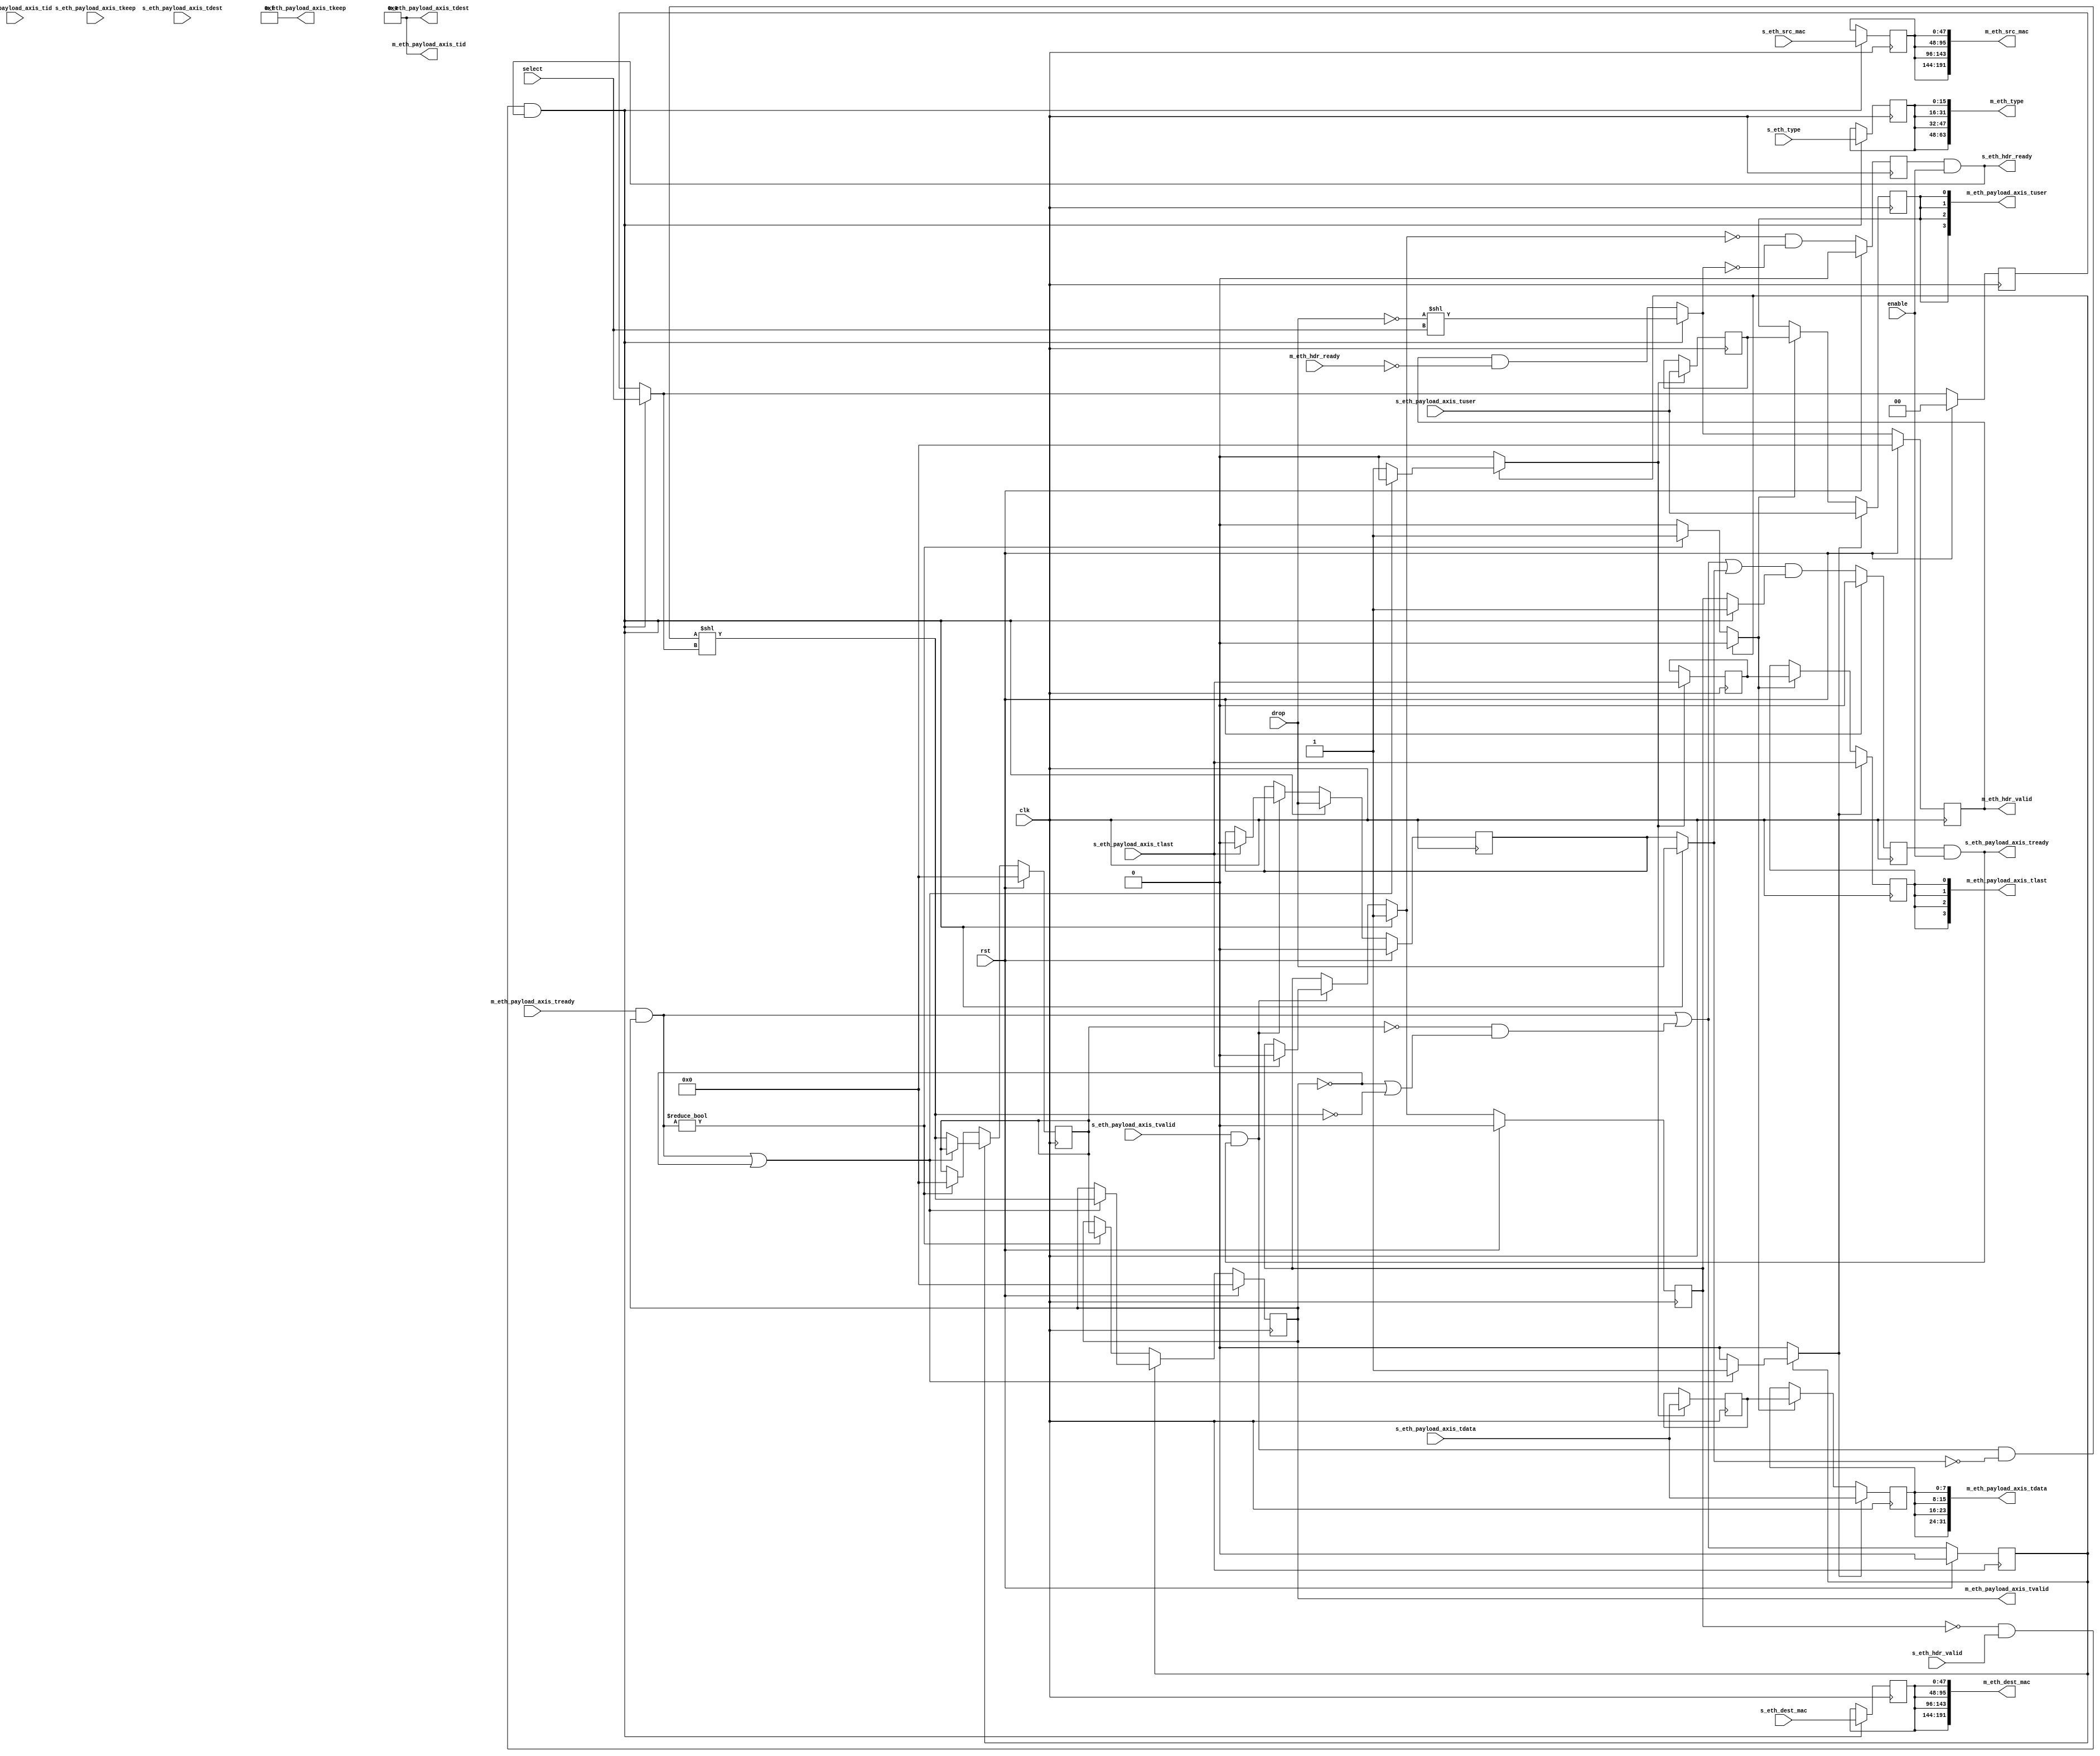
/*

Copyright (c) 2018 Alex Forencich

Permission is hereby granted, free of charge, to any person obtaining a copy
of this software and associated documentation files (the "Software"), to deal
in the Software without restriction, including without limitation the rights
to use, copy, modify, merge, publish, distribute, sublicense, and/or sell
copies of the Software, and to permit persons to whom the Software is
furnished to do so, subject to the following conditions:

The above copyright notice and this permission notice shall be included in
all copies or substantial portions of the Software.

THE SOFTWARE IS PROVIDED "AS IS", WITHOUT WARRANTY OF ANY KIND, EXPRESS OR
IMPLIED, INCLUDING BUT NOT LIMITED TO THE WARRANTIES OF MERCHANTABILITY
FITNESS FOR A PARTICULAR PURPOSE AND NONINFRINGEMENT. IN NO EVENT SHALL THE
AUTHORS OR COPYRIGHT HOLDERS BE LIABLE FOR ANY CLAIM, DAMAGES OR OTHER
LIABILITY, WHETHER IN AN ACTION OF CONTRACT, TORT OR OTHERWISE, ARISING FROM,
OUT OF OR IN CONNECTION WITH THE SOFTWARE OR THE USE OR OTHER DEALINGS IN
THE SOFTWARE.

*/

// Language: Verilog 2001

`resetall
`timescale 1ns / 1ps
`default_nettype none

/*
 * Ethernet demultiplexer
 */
module eth_demux #
(
    parameter M_COUNT = 4,
    parameter DATA_WIDTH = 8,
    parameter KEEP_ENABLE = (DATA_WIDTH>8),
    parameter KEEP_WIDTH = (DATA_WIDTH/8),
    parameter ID_ENABLE = 0,
    parameter ID_WIDTH = 8,
    parameter DEST_ENABLE = 0,
    parameter DEST_WIDTH = 8,
    parameter USER_ENABLE = 1,
    parameter USER_WIDTH = 1
)
(
    input  wire                          clk,
    input  wire                          rst,

    /*
     * Ethernet frame input
     */
    input  wire                          s_eth_hdr_valid,
    output wire                          s_eth_hdr_ready,
    input  wire [47:0]                   s_eth_dest_mac,
    input  wire [47:0]                   s_eth_src_mac,
    input  wire [15:0]                   s_eth_type,
    input  wire [DATA_WIDTH-1:0]         s_eth_payload_axis_tdata,
    input  wire [KEEP_WIDTH-1:0]         s_eth_payload_axis_tkeep,
    input  wire                          s_eth_payload_axis_tvalid,
    output wire                          s_eth_payload_axis_tready,
    input  wire                          s_eth_payload_axis_tlast,
    input  wire [ID_WIDTH-1:0]           s_eth_payload_axis_tid,
    input  wire [DEST_WIDTH-1:0]         s_eth_payload_axis_tdest,
    input  wire [USER_WIDTH-1:0]         s_eth_payload_axis_tuser,

    /*
     * Ethernet frame outputs
     */
    output wire [M_COUNT-1:0]            m_eth_hdr_valid,
    input  wire [M_COUNT-1:0]            m_eth_hdr_ready,
    output wire [M_COUNT*48-1:0]         m_eth_dest_mac,
    output wire [M_COUNT*48-1:0]         m_eth_src_mac,
    output wire [M_COUNT*16-1:0]         m_eth_type,
    output wire [M_COUNT*DATA_WIDTH-1:0] m_eth_payload_axis_tdata,
    output wire [M_COUNT*KEEP_WIDTH-1:0] m_eth_payload_axis_tkeep,
    output wire [M_COUNT-1:0]            m_eth_payload_axis_tvalid,
    input  wire [M_COUNT-1:0]            m_eth_payload_axis_tready,
    output wire [M_COUNT-1:0]            m_eth_payload_axis_tlast,
    output wire [M_COUNT*ID_WIDTH-1:0]   m_eth_payload_axis_tid,
    output wire [M_COUNT*DEST_WIDTH-1:0] m_eth_payload_axis_tdest,
    output wire [M_COUNT*USER_WIDTH-1:0] m_eth_payload_axis_tuser,

    /*
     * Control
     */
    input  wire                          enable,
    input  wire                          drop,
    input  wire [$clog2(M_COUNT)-1:0]    select
);

parameter CL_M_COUNT = $clog2(M_COUNT);

reg [CL_M_COUNT-1:0] select_reg = {CL_M_COUNT{1'b0}}, select_ctl, select_next;
reg drop_reg = 1'b0, drop_ctl, drop_next;
reg frame_reg = 1'b0, frame_ctl, frame_next;

reg s_eth_hdr_ready_reg = 1'b0, s_eth_hdr_ready_next;

reg s_eth_payload_axis_tready_reg = 1'b0, s_eth_payload_axis_tready_next;

reg [M_COUNT-1:0] m_eth_hdr_valid_reg = 0, m_eth_hdr_valid_next;
reg [47:0] m_eth_dest_mac_reg = 48'd0, m_eth_dest_mac_next;
reg [47:0] m_eth_src_mac_reg = 48'd0, m_eth_src_mac_next;
reg [15:0] m_eth_type_reg = 16'd0, m_eth_type_next;

// internal datapath
reg  [DATA_WIDTH-1:0] m_eth_payload_axis_tdata_int;
reg  [KEEP_WIDTH-1:0] m_eth_payload_axis_tkeep_int;
reg  [M_COUNT-1:0]    m_eth_payload_axis_tvalid_int;
reg                   m_eth_payload_axis_tready_int_reg = 1'b0;
reg                   m_eth_payload_axis_tlast_int;
reg  [ID_WIDTH-1:0]   m_eth_payload_axis_tid_int;
reg  [DEST_WIDTH-1:0] m_eth_payload_axis_tdest_int;
reg  [USER_WIDTH-1:0] m_eth_payload_axis_tuser_int;
wire                  m_eth_payload_axis_tready_int_early;

assign s_eth_hdr_ready = s_eth_hdr_ready_reg && enable;

assign s_eth_payload_axis_tready = s_eth_payload_axis_tready_reg && enable;

assign m_eth_hdr_valid = m_eth_hdr_valid_reg;
assign m_eth_dest_mac = {M_COUNT{m_eth_dest_mac_reg}};
assign m_eth_src_mac = {M_COUNT{m_eth_src_mac_reg}};
assign m_eth_type = {M_COUNT{m_eth_type_reg}};

integer i;

always @* begin
    select_next = select_reg;
    select_ctl = select_reg;
    drop_next = drop_reg;
    drop_ctl = drop_reg;
    frame_next = frame_reg;
    frame_ctl = frame_reg;

    s_eth_hdr_ready_next = 1'b0;

    s_eth_payload_axis_tready_next = 1'b0;

    m_eth_hdr_valid_next = m_eth_hdr_valid_reg & ~m_eth_hdr_ready;
    m_eth_dest_mac_next = m_eth_dest_mac_reg;
    m_eth_src_mac_next = m_eth_src_mac_reg;
    m_eth_type_next = m_eth_type_reg;

    if (s_eth_payload_axis_tvalid && s_eth_payload_axis_tready) begin
        // end of frame detection
        if (s_eth_payload_axis_tlast) begin
            frame_next = 1'b0;
            drop_next = 1'b0;
        end
    end

    if (!frame_reg && s_eth_hdr_valid && s_eth_hdr_ready) begin
        // start of frame, grab select value
        select_ctl = select;
        drop_ctl = drop;
        frame_ctl = 1'b1;

        select_next = select_ctl;
        drop_next = drop_ctl;
        frame_next = frame_ctl;

        s_eth_hdr_ready_next = 1'b0;

        m_eth_hdr_valid_next = (!drop_ctl) << select_ctl;
        m_eth_dest_mac_next = s_eth_dest_mac;
        m_eth_src_mac_next = s_eth_src_mac;
        m_eth_type_next = s_eth_type;
    end

    s_eth_hdr_ready_next = !frame_next && !m_eth_hdr_valid_next;

    s_eth_payload_axis_tready_next = (m_eth_payload_axis_tready_int_early || drop_ctl) && frame_ctl;

    m_eth_payload_axis_tdata_int  = s_eth_payload_axis_tdata;
    m_eth_payload_axis_tkeep_int  = s_eth_payload_axis_tkeep;
    m_eth_payload_axis_tvalid_int = (s_eth_payload_axis_tvalid && s_eth_payload_axis_tready && !drop_ctl) << select_ctl;
    m_eth_payload_axis_tlast_int  = s_eth_payload_axis_tlast;
    m_eth_payload_axis_tid_int    = s_eth_payload_axis_tid;
    m_eth_payload_axis_tdest_int  = s_eth_payload_axis_tdest;
    m_eth_payload_axis_tuser_int  = s_eth_payload_axis_tuser; 
end

always @(posedge clk) begin
    if (rst) begin
        select_reg <= 2'd0;
        drop_reg <= 1'b0;
        frame_reg <= 1'b0;
        s_eth_hdr_ready_reg <= 1'b0;
        s_eth_payload_axis_tready_reg <= 1'b0;
        m_eth_hdr_valid_reg <= 0;
    end else begin
        select_reg <= select_next;
        drop_reg <= drop_next;
        frame_reg <= frame_next;
        s_eth_hdr_ready_reg <= s_eth_hdr_ready_next;
        s_eth_payload_axis_tready_reg <= s_eth_payload_axis_tready_next;
        m_eth_hdr_valid_reg <= m_eth_hdr_valid_next;
    end

    m_eth_dest_mac_reg <= m_eth_dest_mac_next;
    m_eth_src_mac_reg <= m_eth_src_mac_next;
    m_eth_type_reg <= m_eth_type_next;
end

// output datapath logic
reg [DATA_WIDTH-1:0] m_eth_payload_axis_tdata_reg  = {DATA_WIDTH{1'b0}};
reg [KEEP_WIDTH-1:0] m_eth_payload_axis_tkeep_reg  = {KEEP_WIDTH{1'b0}};
reg [M_COUNT-1:0]    m_eth_payload_axis_tvalid_reg = {M_COUNT{1'b0}}, m_eth_payload_axis_tvalid_next;
reg                  m_eth_payload_axis_tlast_reg  = 1'b0;
reg [ID_WIDTH-1:0]   m_eth_payload_axis_tid_reg    = {ID_WIDTH{1'b0}};
reg [DEST_WIDTH-1:0] m_eth_payload_axis_tdest_reg  = {DEST_WIDTH{1'b0}};
reg [USER_WIDTH-1:0] m_eth_payload_axis_tuser_reg  = {USER_WIDTH{1'b0}};

reg [DATA_WIDTH-1:0] temp_m_eth_payload_axis_tdata_reg  = {DATA_WIDTH{1'b0}};
reg [KEEP_WIDTH-1:0] temp_m_eth_payload_axis_tkeep_reg  = {KEEP_WIDTH{1'b0}};
reg [M_COUNT-1:0]    temp_m_eth_payload_axis_tvalid_reg = {M_COUNT{1'b0}}, temp_m_eth_payload_axis_tvalid_next;
reg                  temp_m_eth_payload_axis_tlast_reg  = 1'b0;
reg [ID_WIDTH-1:0]   temp_m_eth_payload_axis_tid_reg    = {ID_WIDTH{1'b0}};
reg [DEST_WIDTH-1:0] temp_m_eth_payload_axis_tdest_reg  = {DEST_WIDTH{1'b0}};
reg [USER_WIDTH-1:0] temp_m_eth_payload_axis_tuser_reg  = {USER_WIDTH{1'b0}};

// datapath control
reg store_axis_int_to_output;
reg store_axis_int_to_temp;
reg store_eth_payload_axis_temp_to_output;

assign m_eth_payload_axis_tdata  = {M_COUNT{m_eth_payload_axis_tdata_reg}};
assign m_eth_payload_axis_tkeep  = KEEP_ENABLE ? {M_COUNT{m_eth_payload_axis_tkeep_reg}} : {M_COUNT*KEEP_WIDTH{1'b1}};
assign m_eth_payload_axis_tvalid = m_eth_payload_axis_tvalid_reg;
assign m_eth_payload_axis_tlast  = {M_COUNT{m_eth_payload_axis_tlast_reg}};
assign m_eth_payload_axis_tid    = ID_ENABLE   ? {M_COUNT{m_eth_payload_axis_tid_reg}}   : {M_COUNT*ID_WIDTH{1'b0}};
assign m_eth_payload_axis_tdest  = DEST_ENABLE ? {M_COUNT{m_eth_payload_axis_tdest_reg}} : {M_COUNT*DEST_WIDTH{1'b0}};
assign m_eth_payload_axis_tuser  = USER_ENABLE ? {M_COUNT{m_eth_payload_axis_tuser_reg}} : {M_COUNT*USER_WIDTH{1'b0}};

// enable ready input next cycle if output is ready or the temp reg will not be filled on the next cycle (output reg empty or no input)
assign m_eth_payload_axis_tready_int_early = (m_eth_payload_axis_tready & m_eth_payload_axis_tvalid) || (!temp_m_eth_payload_axis_tvalid_reg && (!m_eth_payload_axis_tvalid || !m_eth_payload_axis_tvalid_int));

always @* begin
    // transfer sink ready state to source
    m_eth_payload_axis_tvalid_next = m_eth_payload_axis_tvalid_reg;
    temp_m_eth_payload_axis_tvalid_next = temp_m_eth_payload_axis_tvalid_reg;

    store_axis_int_to_output = 1'b0;
    store_axis_int_to_temp = 1'b0;
    store_eth_payload_axis_temp_to_output = 1'b0;

    if (m_eth_payload_axis_tready_int_reg) begin
        // input is ready
        if ((m_eth_payload_axis_tready & m_eth_payload_axis_tvalid) || !m_eth_payload_axis_tvalid) begin
            // output is ready or currently not valid, transfer data to output
            m_eth_payload_axis_tvalid_next = m_eth_payload_axis_tvalid_int;
            store_axis_int_to_output = 1'b1;
        end else begin
            // output is not ready, store input in temp
            temp_m_eth_payload_axis_tvalid_next = m_eth_payload_axis_tvalid_int;
            store_axis_int_to_temp = 1'b1;
        end
    end else if (m_eth_payload_axis_tready & m_eth_payload_axis_tvalid) begin
        // input is not ready, but output is ready
        m_eth_payload_axis_tvalid_next = temp_m_eth_payload_axis_tvalid_reg;
        temp_m_eth_payload_axis_tvalid_next = 1'b0;
        store_eth_payload_axis_temp_to_output = 1'b1;
    end
end

always @(posedge clk) begin
    if (rst) begin
        m_eth_payload_axis_tvalid_reg <= {M_COUNT{1'b0}};
        m_eth_payload_axis_tready_int_reg <= 1'b0;
        temp_m_eth_payload_axis_tvalid_reg <= 1'b0;
    end else begin
        m_eth_payload_axis_tvalid_reg <= m_eth_payload_axis_tvalid_next;
        m_eth_payload_axis_tready_int_reg <= m_eth_payload_axis_tready_int_early;
        temp_m_eth_payload_axis_tvalid_reg <= temp_m_eth_payload_axis_tvalid_next;
    end

    // datapath
    if (store_axis_int_to_output) begin
        m_eth_payload_axis_tdata_reg <= m_eth_payload_axis_tdata_int;
        m_eth_payload_axis_tkeep_reg <= m_eth_payload_axis_tkeep_int;
        m_eth_payload_axis_tlast_reg <= m_eth_payload_axis_tlast_int;
        m_eth_payload_axis_tid_reg   <= m_eth_payload_axis_tid_int;
        m_eth_payload_axis_tdest_reg <= m_eth_payload_axis_tdest_int;
        m_eth_payload_axis_tuser_reg <= m_eth_payload_axis_tuser_int;
    end else if (store_eth_payload_axis_temp_to_output) begin
        m_eth_payload_axis_tdata_reg <= temp_m_eth_payload_axis_tdata_reg;
        m_eth_payload_axis_tkeep_reg <= temp_m_eth_payload_axis_tkeep_reg;
        m_eth_payload_axis_tlast_reg <= temp_m_eth_payload_axis_tlast_reg;
        m_eth_payload_axis_tid_reg   <= temp_m_eth_payload_axis_tid_reg;
        m_eth_payload_axis_tdest_reg <= temp_m_eth_payload_axis_tdest_reg;
        m_eth_payload_axis_tuser_reg <= temp_m_eth_payload_axis_tuser_reg;
    end

    if (store_axis_int_to_temp) begin
        temp_m_eth_payload_axis_tdata_reg <= m_eth_payload_axis_tdata_int;
        temp_m_eth_payload_axis_tkeep_reg <= m_eth_payload_axis_tkeep_int;
        temp_m_eth_payload_axis_tlast_reg <= m_eth_payload_axis_tlast_int;
        temp_m_eth_payload_axis_tid_reg   <= m_eth_payload_axis_tid_int;
        temp_m_eth_payload_axis_tdest_reg <= m_eth_payload_axis_tdest_int;
        temp_m_eth_payload_axis_tuser_reg <= m_eth_payload_axis_tuser_int;
    end
end

endmodule

`resetall